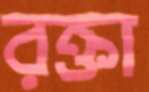
রক্তা